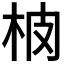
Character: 𱣈